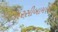
નરસીબામણી